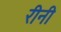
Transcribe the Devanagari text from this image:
रीनी